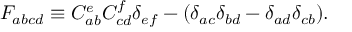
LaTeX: F _ { a b c d } \equiv C _ { a b } ^ { e } C _ { c d } ^ { f } \delta _ { e f } - ( \delta _ { a c } \delta _ { b d } - \delta _ { a d } \delta _ { c b } ) .